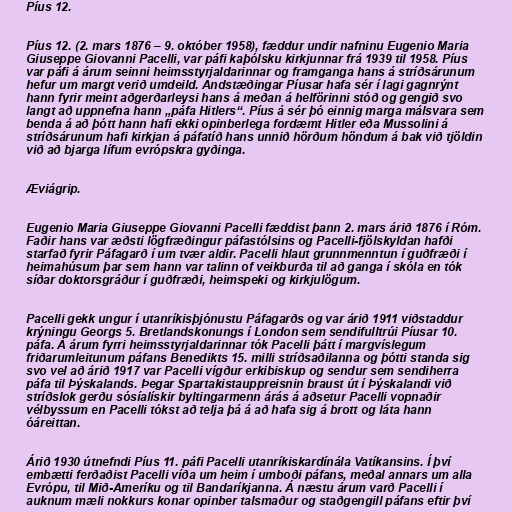
Píus 12.

Píus 12. (2. mars 1876 – 9. október 1958), fæddur undir nafninu Eugenio Maria
Giuseppe Giovanni Pacelli, var páfi kaþólsku kirkjunnar frá 1939 til 1958. Píus
var páfi á árum seinni heimsstyrjaldarinnar og framganga hans á stríðsárunum
hefur um margt verið umdeild. Andstæðingar Píusar hafa sér í lagi gagnrýnt
hann fyrir meint aðgerðarleysi hans á meðan á helförinni stóð og gengið svo
langt að uppnefna hann „páfa Hitlers“. Píus á sér þó einnig marga málsvara sem
benda á að þótt hann hafi ekki opinberlega fordæmt Hitler eða Mussolini á
stríðsárunum hafi kirkjan á páfatíð hans unnið hörðum höndum á bak við tjöldin
við að bjarga lífum evrópskra gyðinga.

Æviágrip.

Eugenio Maria Giuseppe Giovanni Pacelli fæddist þann 2. mars árið 1876 í Róm.
Faðir hans var æðsti lögfræðingur páfastólsins og Pacelli-fjölskyldan hafði
starfað fyrir Páfagarð í um tvær aldir. Pacelli hlaut grunnmenntun í guðfræði í
heimahúsum þar sem hann var talinn of veikburða til að ganga í skóla en tók
síðar doktorsgráður í guðfræði, heimspeki og kirkjulögum.

Pacelli gekk ungur í utanríkisþjónustu Páfagarðs og var árið 1911 viðstaddur
krýningu Georgs 5. Bretlandskonungs í London sem sendifulltrúi Píusar 10.
páfa. Á árum fyrri heimsstyrjaldarinnar tók Pacelli þátt í margvíslegum
friðarumleitunum páfans Benedikts 15. milli stríðsaðilanna og þótti standa sig
svo vel að árið 1917 var Pacelli vígður erkibiskup og sendur sem sendiherra
páfa til Þýskalands. Þegar Spartakistauppreisnin braust út í Þýskalandi við
stríðslok gerðu sósíalískir byltingarmenn árás á aðsetur Pacelli vopnaðir
vélbyssum en Pacelli tókst að telja þá á að hafa sig á brott og láta hann
óáreittan.

Árið 1930 útnefndi Píus 11. páfi Pacelli utanríkiskardínála Vatíkansins. Í því
embætti ferðaðist Pacelli víða um heim í umboði páfans, meðal annars um alla
Evrópu, til Mið-Ameríku og til Bandaríkjanna. Á næstu árum varð Pacelli í
auknum mæli nokkurs konar opinber talsmaður og staðgengill páfans eftir því